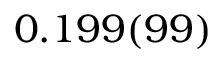
0 . 1 9 9 ( 9 9 )